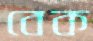
বেক